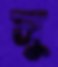
সু